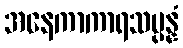
အနေကာကာရသမ္ပန္နံ